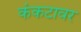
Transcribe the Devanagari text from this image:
कंकटावर